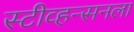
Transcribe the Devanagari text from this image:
स्टीव्हन्सनला